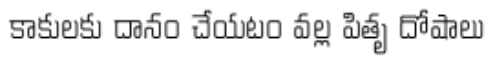
కాకులకు దానం చేయటం వల్ల పితృ దోషాలు